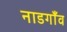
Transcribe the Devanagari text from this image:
नाडगाँव